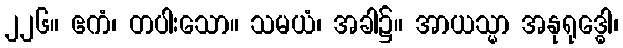
၂၂၆။ ဧကံ၊ တပါးသော။ သမယံ၊ အခါ၌။ အာယသ္မာ အနုရုဒ္ဓေါ၊